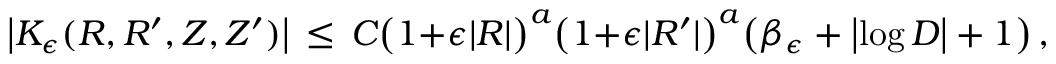
\bigl | K _ { \epsilon } ( R , R ^ { \prime } , Z , Z ^ { \prime } ) \bigr | \, \le \, C \bigl ( 1 { + } \epsilon | R | \bigr ) ^ { a } \bigl ( 1 { + } \epsilon | R ^ { \prime } | \bigr ) ^ { a } \bigl ( \beta _ { \epsilon } + \bigl | \log D \bigr | + 1 \bigr ) \, ,